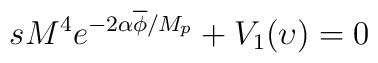
sM^{4}e^{-2\alpha\overline{\phi}/M_{p}}+V_{1}(\upsilon)=0